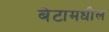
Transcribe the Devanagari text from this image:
बेटामधील